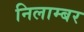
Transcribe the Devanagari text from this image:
निलाम्बर